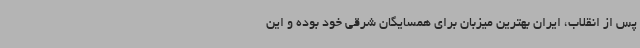
پس از انقلاب، ایران بهترین میزبان برای همسایگان شرقی خود بوده و این